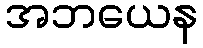
အဘယေန